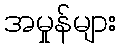
အမှုန်များ